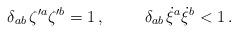
LaTeX: \begin{align*}\delta_{ab}\,\zeta{^{\prime a}} \zeta{^{\prime b}} =1\, ,\hskip 1cm \delta_{ab}\, \dot \xi{^a} \dot \xi{^b} < 1 \, .\end{align*}